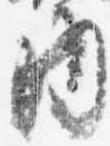
内